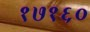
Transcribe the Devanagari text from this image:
१७१६०